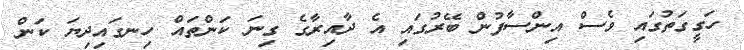
ހަގީގަތުގައި ވެސް އިންސާފުން ބޭރުގައި އެ ދާއިރާގެ ގިނަ ކަންތައް ހިނގައިދިޔަ ކަން